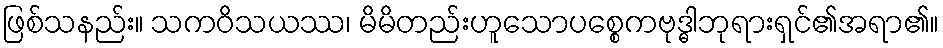
ဖြစ်သနည်း။ သကဝိသယဿ၊ မိမိတည်းဟူသောပစ္စေကဗုဒ္ဓါဘုရားရှင်၏အရာ၏။